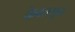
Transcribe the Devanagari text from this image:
केवतसुम